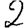
Digit: 2